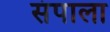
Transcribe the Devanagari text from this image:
संपाला